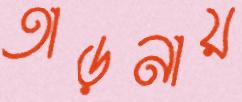
তাড়নায়